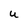
Character: U